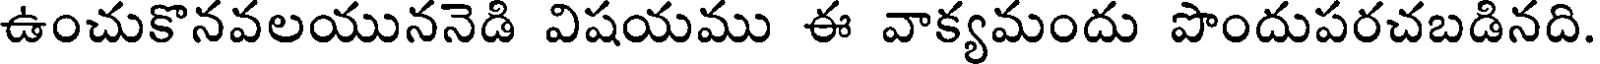
ఉంచుకొనవలయుననెడి విషయము ఈ వాక్యమందు పొందుపరచబడినది